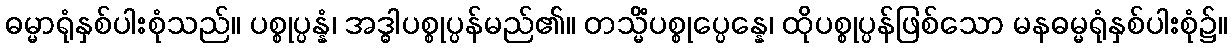
ဓမ္မာရုံနှစ်ပါးစုံသည်။ ပစ္စုပ္ပန္နံ၊ အဒ္ဓါပစ္စုပ္ပန်မည်၏။ တသ္မိံပစ္စုပ္ပေန္နေ၊ ထိုပစ္စုပ္ပန်ဖြစ်သော မနဓမ္မရုံနှစ်ပါးစုံ၌။